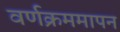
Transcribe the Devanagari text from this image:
वर्णक्रममापन